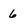
Character: 6